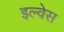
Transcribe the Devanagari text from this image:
इल्वेस